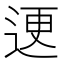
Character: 䢚